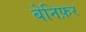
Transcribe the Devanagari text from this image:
बेनिफ़र